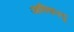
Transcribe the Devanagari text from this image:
आक्किस्डू